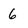
Character: 6